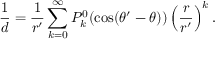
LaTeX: { \frac { 1 } { d } } = { \frac { 1 } { r ^ { \prime } } } \sum _ { k = 0 } ^ { \infty } P _ { k } ^ { 0 } ( \cos ( \theta ^ { \prime } - \theta ) ) \left( { \frac { r } { r ^ { \prime } } } \right) ^ { k } .